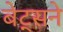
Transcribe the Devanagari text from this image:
बेट्सने